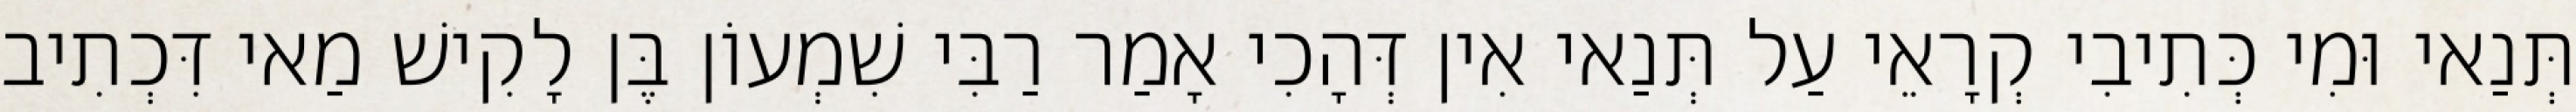
תְּנַאי וּמִי כְּתִיבִי קְרָאֵי עַל תְּנַאי אִין דְּהָכִי אָמַר רַבִּי שִׁמְעוֹן בֶּן לָקִישׁ מַאי דִּכְתִיב